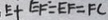
E + E F \div E F = F C